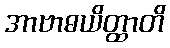
အာဗာဓယိတ္ထာတိ